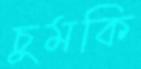
চুমকি